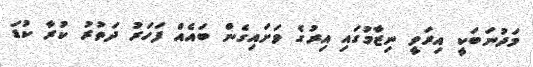
މަދުނަބަކީ އިރަވީ ނިޒާމުގައި އިރުގެ ވަށައިގެން ބައެއް ފަހަރު ދަތުރު ކުރާ ކުޑަ